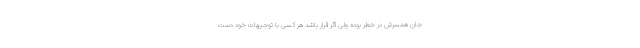
جان همسرش در خطر بوده ولی اگر قرار باشد هر کسی با توجیهات خود دست